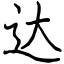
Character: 达